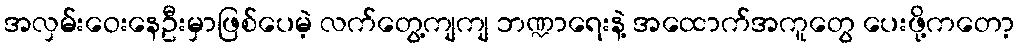
အလှမ်းဝေးနေဦးမှာဖြစ်ပေမဲ့ လက်တွေ့ကျကျ ဘဏ္ဍာရေးနဲ့ အထောက်အကူတွေ ပေးဖို့ကတော့